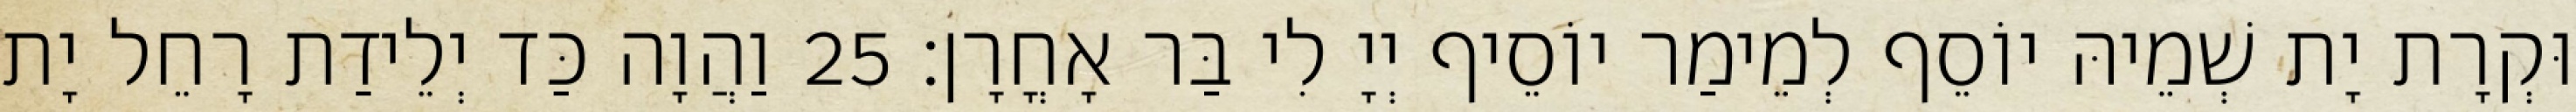
וּקְרָת יָת שְׁמֵיהּ יוֹסֵף לְמֵימַר יוֹסֵיף יְיָ לִי בַּר אָחֳרָן׃ 25 וַהֲוָה כַּד יְלֵידַת רָחֵל יָת